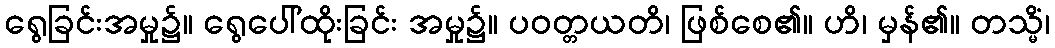
ရွေခြင်းအမှု၌။ ရွေပေါ်ထိုးခြင်း အမှု၌။ ပဝတ္တယတိ၊ ဖြစ်စေ၏။ ဟိ၊ မှန်၏။ တသ္မိံ၊